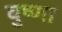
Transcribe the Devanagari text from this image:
वुष्णा